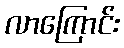
လာကြောင်း